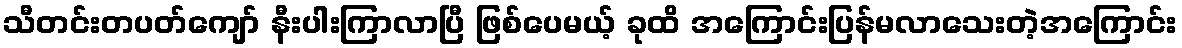
သီတင်းတပတ်ကျော် နီးပါးကြာလာပြီ ဖြစ်ပေမယ့် ခုထိ အကြောင်းပြန်မလာသေးတဲ့အကြောင်း